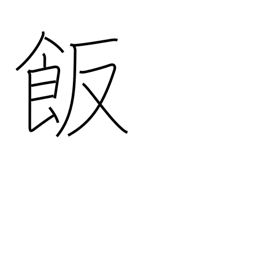
Meaning: meal